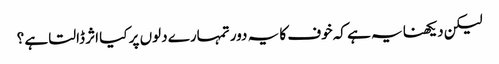
لیکن دیکھنا یہ ہے کہ خوف کا یہ دور تمہارے دلوں پر کیا اثر ڈالتا ہے ؟